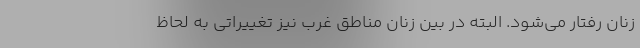
زنان رفتار می‌شود. البته در بین زنان مناطق غرب نیز تغییراتی به لحاظ